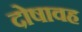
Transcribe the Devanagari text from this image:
दोषावह